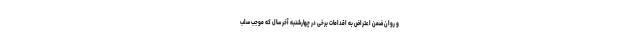
و روان ضمن اعتراض به اقدامات برخی در چهارشنبه آخر سال که موجب سلب